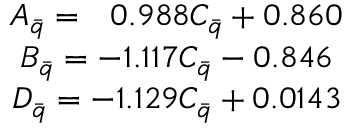
\begin{array} { c l l l c } { { A _ { \bar { q } } = ~ ~ 0 . 9 8 8 C _ { \bar { q } } + 0 . 8 6 0 } } \\ { { B _ { \bar { q } } = - 1 . 1 1 7 C _ { \bar { q } } - 0 . 8 4 6 } } \\ { { D _ { \bar { q } } = - 1 . 1 2 9 C _ { \bar { q } } + 0 . 0 1 4 3 } } \end{array}